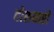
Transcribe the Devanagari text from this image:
होशयारी